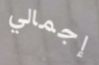
إجمالي